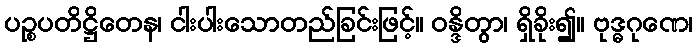
ပဉ္စပတိဋ္ဌိတေန၊ ငါးပါးသောတည်ခြင်းဖြင့်။ ဝန္ဒိတွာ၊ ရှိခိုး၍။ ဗုဒ္ဓဂုဏေ၊